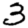
Digit: 3